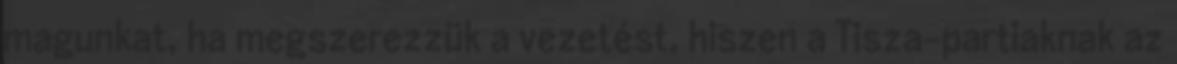
magunkat, ha megszerezzük a vezetést, hiszen a Tisza-partiaknak az